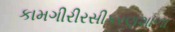
કામગીરીરસીકરણશાળા